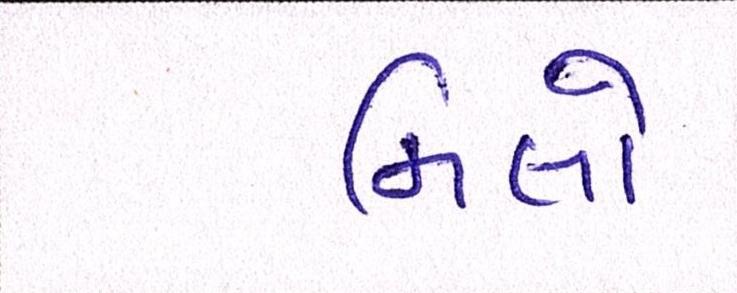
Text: મિલો